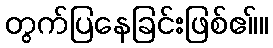
တွက်ပြနေခြင်းဖြစ်ဧ။်။